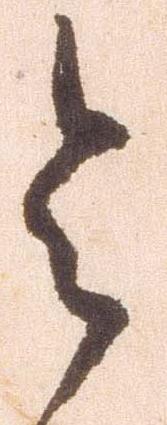
令